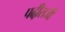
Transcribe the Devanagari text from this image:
पढी़सजी